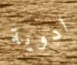
ادوية